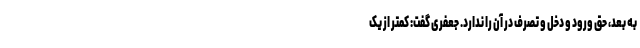
به بعد، حق ورود و دخل و تصرف در آن را ندارد. جعفری گفت: کمتر از یک